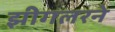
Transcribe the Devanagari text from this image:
झीगलरने